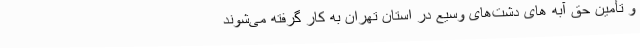
و تأمین حق آبه های دشت‌های وسیع در استان تهران به کار گرفته می‌شوند